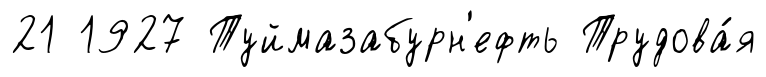
21 1927 Туймазабурн'ефть Трудова́я